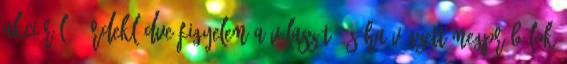
akcióról?- érdeklődve figyelem a válaszát, és ha végzett megpróbálok